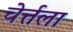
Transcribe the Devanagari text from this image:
चेर्त्तला